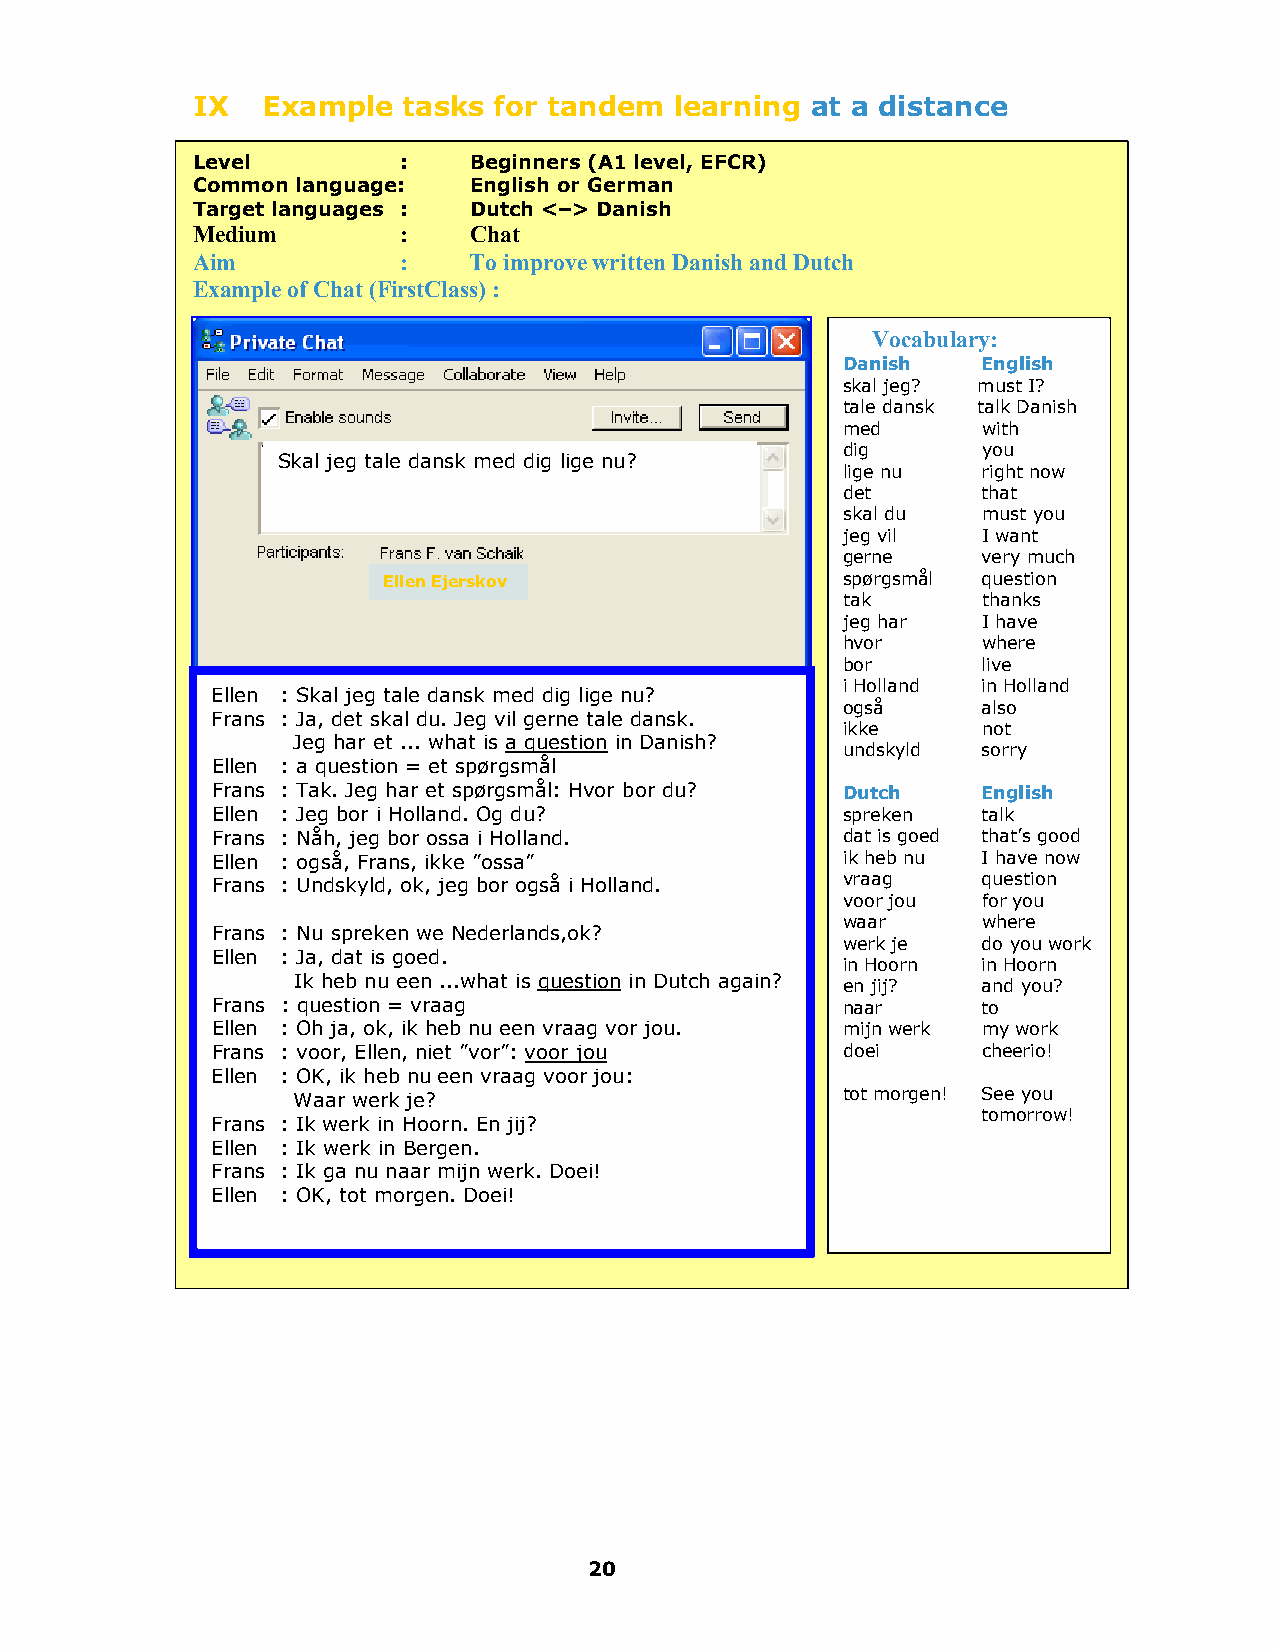
IX  Example   tasks for tandem  learning at a distance
 Level         :   Beginners (A1 level, EFCR)
 Common language:  English or German
 Target languages : Dutch <–> Danish
 Medium        :   Chat
 Aim           :   To improve written Danish and Dutch
 Example of Chat (FirstClass) :
 Vocabulary:
 Danish   English
 skal jeg? must I?
 tale dansk talk Danish
 med      with
 dig      you
 Skal jeg tale dansk med dig lige nu?
 lige nu  right now
 det      that
 skal du  must you
 jeg vil  I want
 gerne    very much
 Ellen Ejerskov                 spørgsmål question
 tak      thanks
 jeg har  I have
 hvor     where
 bor      live
 i Holland in Holland
 Ellen : Skal jeg tale dansk med dig lige nu?
 også     also
 Frans : Ja, det skal du. Jeg vil gerne tale dansk.
 ikke     not
 Jeg har et ... what is a question in Danish?
 undskyld sorry
 Ellen : a question = et spørgsmål
 Frans : Tak. Jeg har et spørgsmål: Hvor bor du? Dutch English
 Ellen : Jeg bor i Holland. Og du?         spreken  talk
 Frans : Nåh, jeg bor ossa i Holland.      dat is goed that’s good
 Ellen : også, Frans, ikke ”ossa”          ik heb nu I have now
 Frans : Undskyld, ok, jeg bor også i Holland. vraag question
 voor jou for you
 waar     where
 Frans : Nu spreken we Nederlands,ok?
 werk je  do you work
 Ellen : Ja, dat is goed.
 in Hoorn in Hoorn
 Ik heb nu een ...what is question in Dutch again?
 en jij?  and you?
 Frans : question = vraag                  naar     to
 Ellen : Oh ja, ok, ik heb nu een vraag vor jou. mijn werk my work
 Frans : voor, Ellen, niet ”vor”: voor jou doei     cheerio!
 Ellen : OK, ik heb nu een vraag voor jou:
 Waar werk je?                        tot morgen! See you
 tomorrow!
 Frans : Ik werk in Hoorn. En jij?
 Ellen : Ik werk in Bergen.
 Frans : Ik ga nu naar mijn werk. Doei!
 Ellen : OK, tot morgen. Doei!
 20